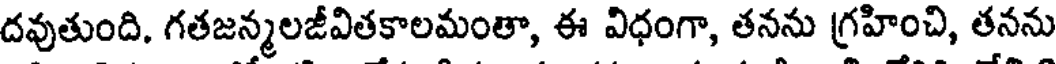
దవుతుంది, గతజన్మలజీవితకాలమంతా, ఈ విధంగా, తనను గ్రహించి, తనను